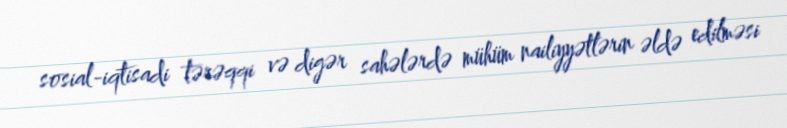
sosial-iqtisadi tərəqqi və digər sahələrdə mühüm nailiyyətlərin əldə edilməsi